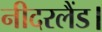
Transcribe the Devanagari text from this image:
नीदरलैंड।